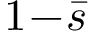
1 \! - \! \bar { s }